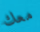
معك